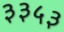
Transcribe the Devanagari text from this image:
३३५३